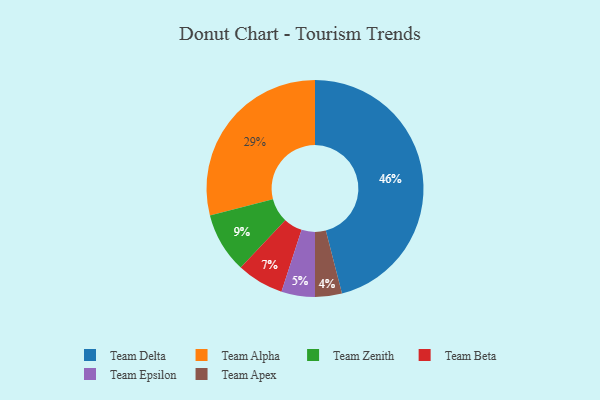
{"axis": {"x": "Category", "y": "Percentage"}, "legend": ["Team Alpha", "Team Apex", "Team Beta", "Team Delta", "Team Epsilon", "Team Zenith"], "data": [{"x": "Team Apex", "y": 4, "type": "Team Apex"}, {"x": "Team Epsilon", "y": 5, "type": "Team Epsilon"}, {"x": "Team Alpha", "y": 29, "type": "Team Alpha"}, {"x": "Team Zenith", "y": 9, "type": "Team Zenith"}, {"x": "Team Beta", "y": 7, "type": "Team Beta"}, {"x": "Team Delta", "y": 46, "type": "Team Delta"}]}